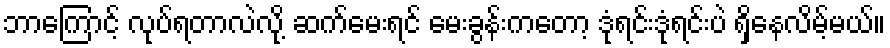
ဘာကြောင့် လုပ်ရတာလဲလို့ ဆက်မေးရင် မေးခွန်းကတော့ ဒုံရင်းဒုံရင်းပဲ ရှိနေလိမ့်မယ်။